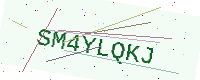
Text: SM4YLQKJ